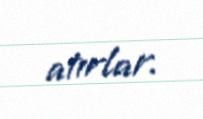
atırlar.